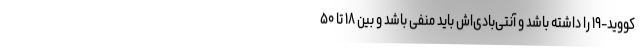
کووید-۱۹ را داشته باشد و آنتی‌بادی‌اش باید منفی باشد و بین ۱۸ تا ۵۰